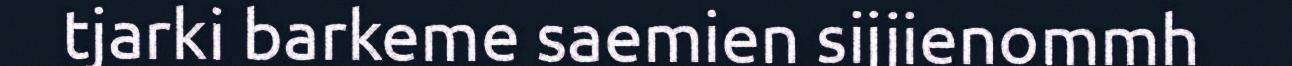
tjarki barkeme saemien sijjienommh